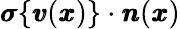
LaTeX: {\pmb\sigma}\{ {\pmb v}({\pmb x})\} \cdot{\pmb n}({\pmb x})